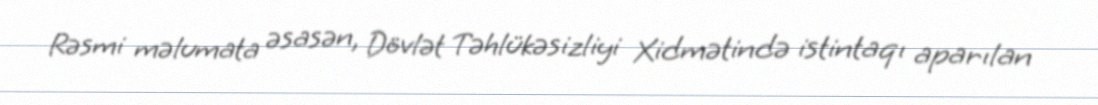
Rəsmi məlumata əsasən, Dövlət Təhlükəsizliyi Xidmətində istintaqı aparılan